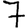
Digit: 7